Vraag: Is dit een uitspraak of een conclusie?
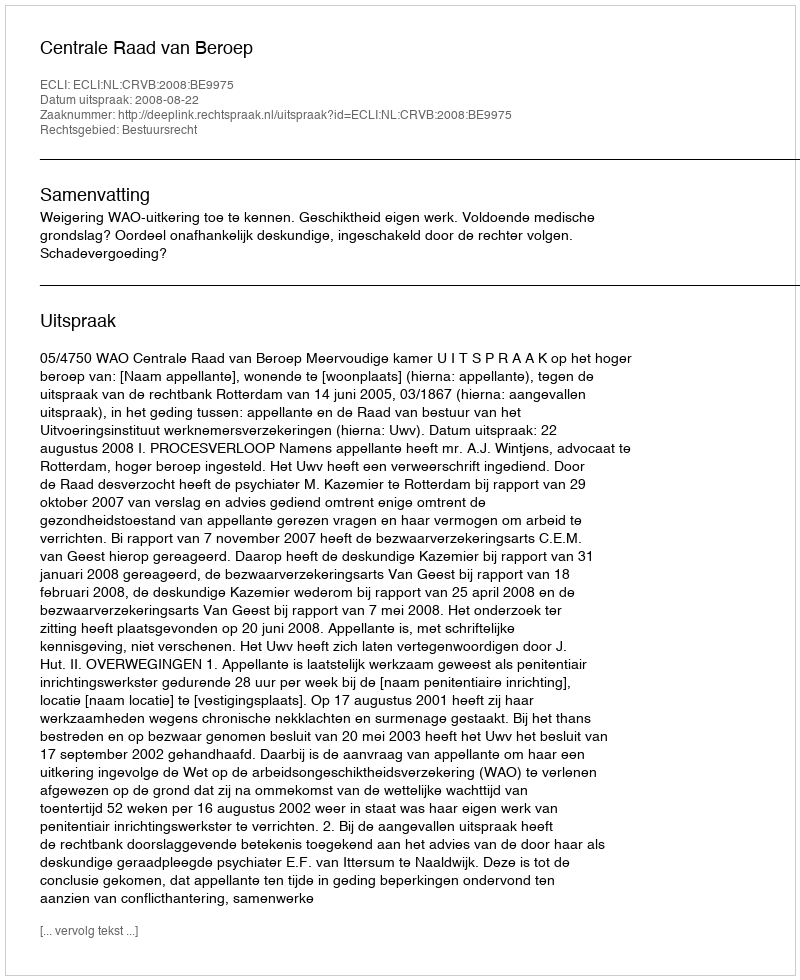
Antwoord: Uitspraak